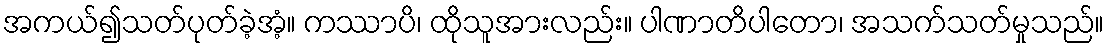
အကယ်၍သတ်ပုတ်ခဲ့အံ့။ ကဿာပိ၊ ထိုသူအားလည်း။ ပါဏာတိပါတော၊ အသက်သတ်မှုသည်။